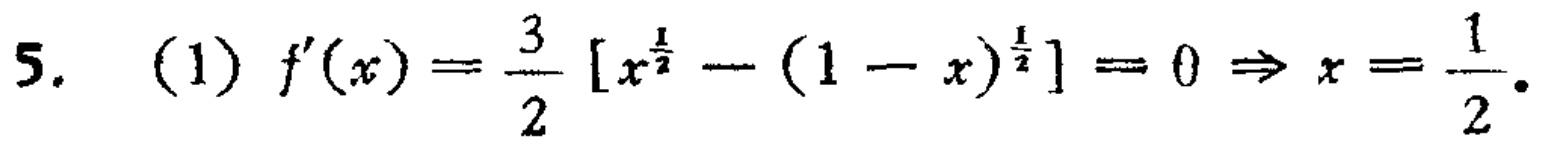
\[5.\ (1)\ f^{\prime}(x)=\frac{3}{2}\left[x^{\frac{1}{2}}-(1 - x)^{\frac{1}{2}}\right]=0\Rightarrow x=\frac{1}{2}.\]